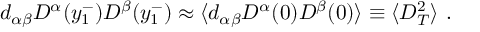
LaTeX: d _ { \alpha \beta } D ^ { \alpha } ( y _ { 1 } ^ { - } ) D ^ { \beta } ( y _ { 1 } ^ { - } ) \approx \langle d _ { \alpha \beta } D ^ { \alpha } ( 0 ) D ^ { \beta } ( 0 ) \rangle \equiv \langle D _ { T } ^ { 2 } \rangle \ .